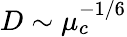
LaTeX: D\sim\mu_{c}^{-1/6}